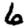
Digit: 6